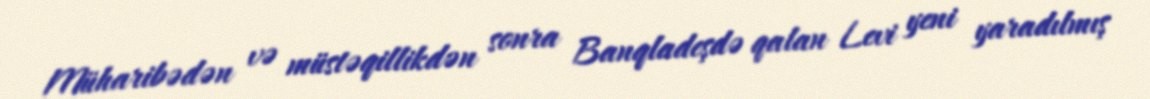
Müharibədən və müstəqillikdən sonra Banqladeşdə qalan Levi yeni yaradılmış